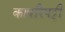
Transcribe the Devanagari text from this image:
कापरिपट्टी